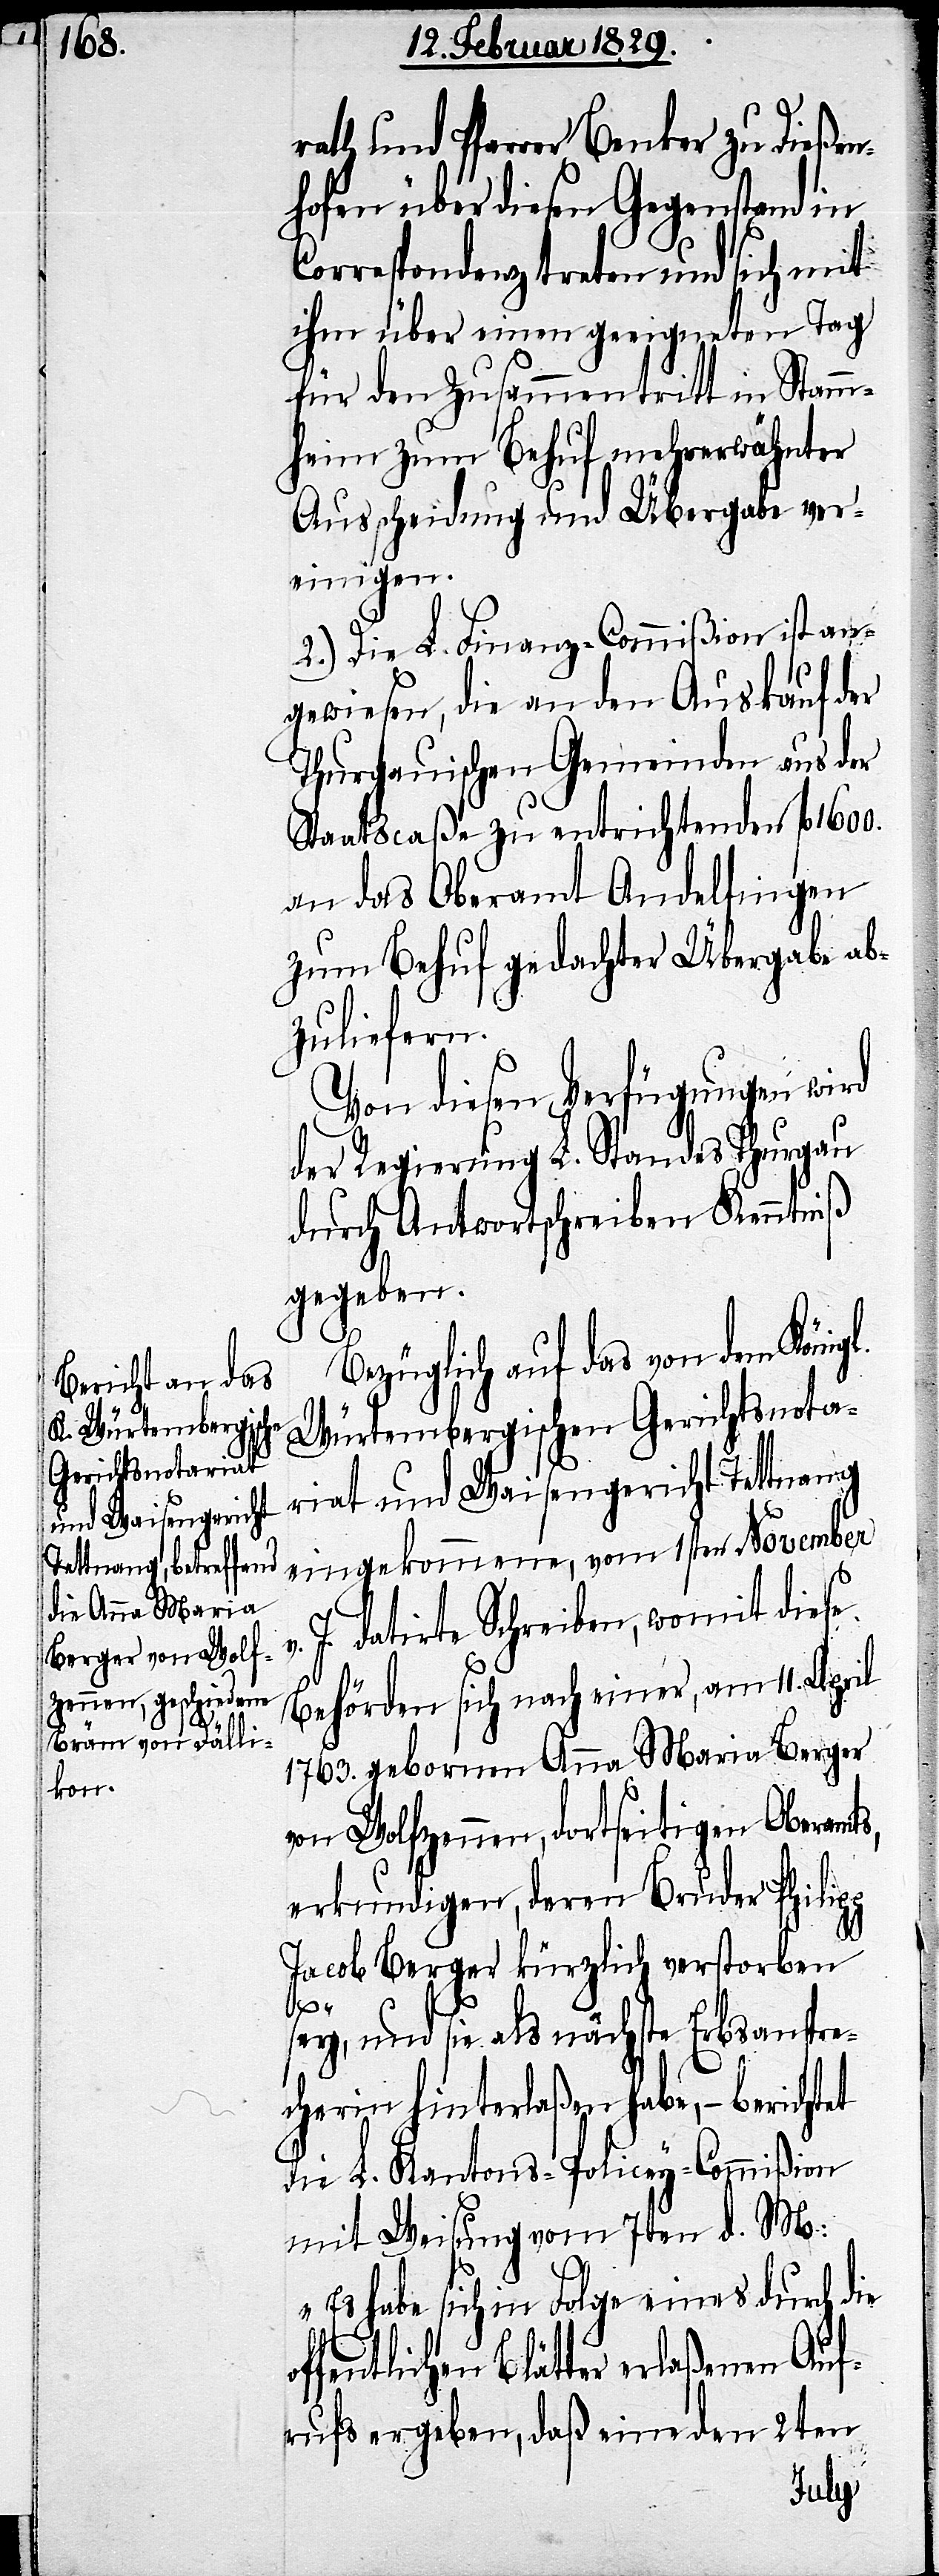
l.

rath und Pfarrer Benker zu Dießen¬
hofen über diesen Gegenstand in
Correspondenz treten und sich mit
ihm über einen geeigneten Tag
für den Zusammentritt in Stamm¬
heim zum Behuf mehrerwähnter
Ausscheidung und Übergabe ver¬
einigen.
2.) Die L. Finanz-Commißion ist an¬
gewiesen, die an den Auskauf der
Thurgauischen Gemeinden aus der
Staatscaßa zu entrichtenden fl. 1600.
an das Oberamt Andelfingen
zum Behuf gedachter Übergabe ab¬
zuliefern.
Von diesen Verfügungen wird
der Regierung L. Standes Thurgau
durch Antwortschreiben Kenntniß
gegeben.
Bezüglich auf das von dem König¬
Würtembergischen Gerichtsnota¬
riat und Waisengericht Tettnang
eingekommene, vom 1sten November
J. datirte Schreiben, womit diese
Behörde sich nach einer, am 11. April
1763. gebornen Anna Maria Berger
von Wolfzennen, dortseitigen Oberamts,
erkundigen, deren Bruder Philipp
Jacob Berger kürzlich verstorben
o¬
sey, und sie als nächste Erbsanspre¬
cherin hinterlaßen habe,– berich¬
mit Weisung vom 7ten d. M:
„Es habe sich in Folge eines durch die
ffentlichen Blätter erlaßenen Auf¬
rufs ergeben, daß eine den 2ten